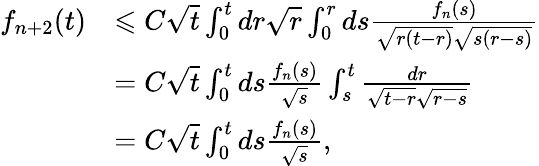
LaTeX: \begin{array}{rl}{f_{n+2}(t)}&{\leqslant C\sqrt t\int_{0}^{t}dr\sqrt{r}\int_{0}^{r}ds\frac{f_{n}(s)}{\sqrt{r(t-r)}\sqrt{s(r-s)}}}\\ &{=C\sqrt t\int_{0}^{t}ds\frac{f_{n}(s)}{\sqrt{s}}\int_{s}^{t}\frac{dr}{\sqrt{t-r}\sqrt{r-s}}}\\ &{=C\sqrt{t}\int_{0}^{t}ds\frac{f_{n}(s)}{\sqrt{s}},}\end{array}